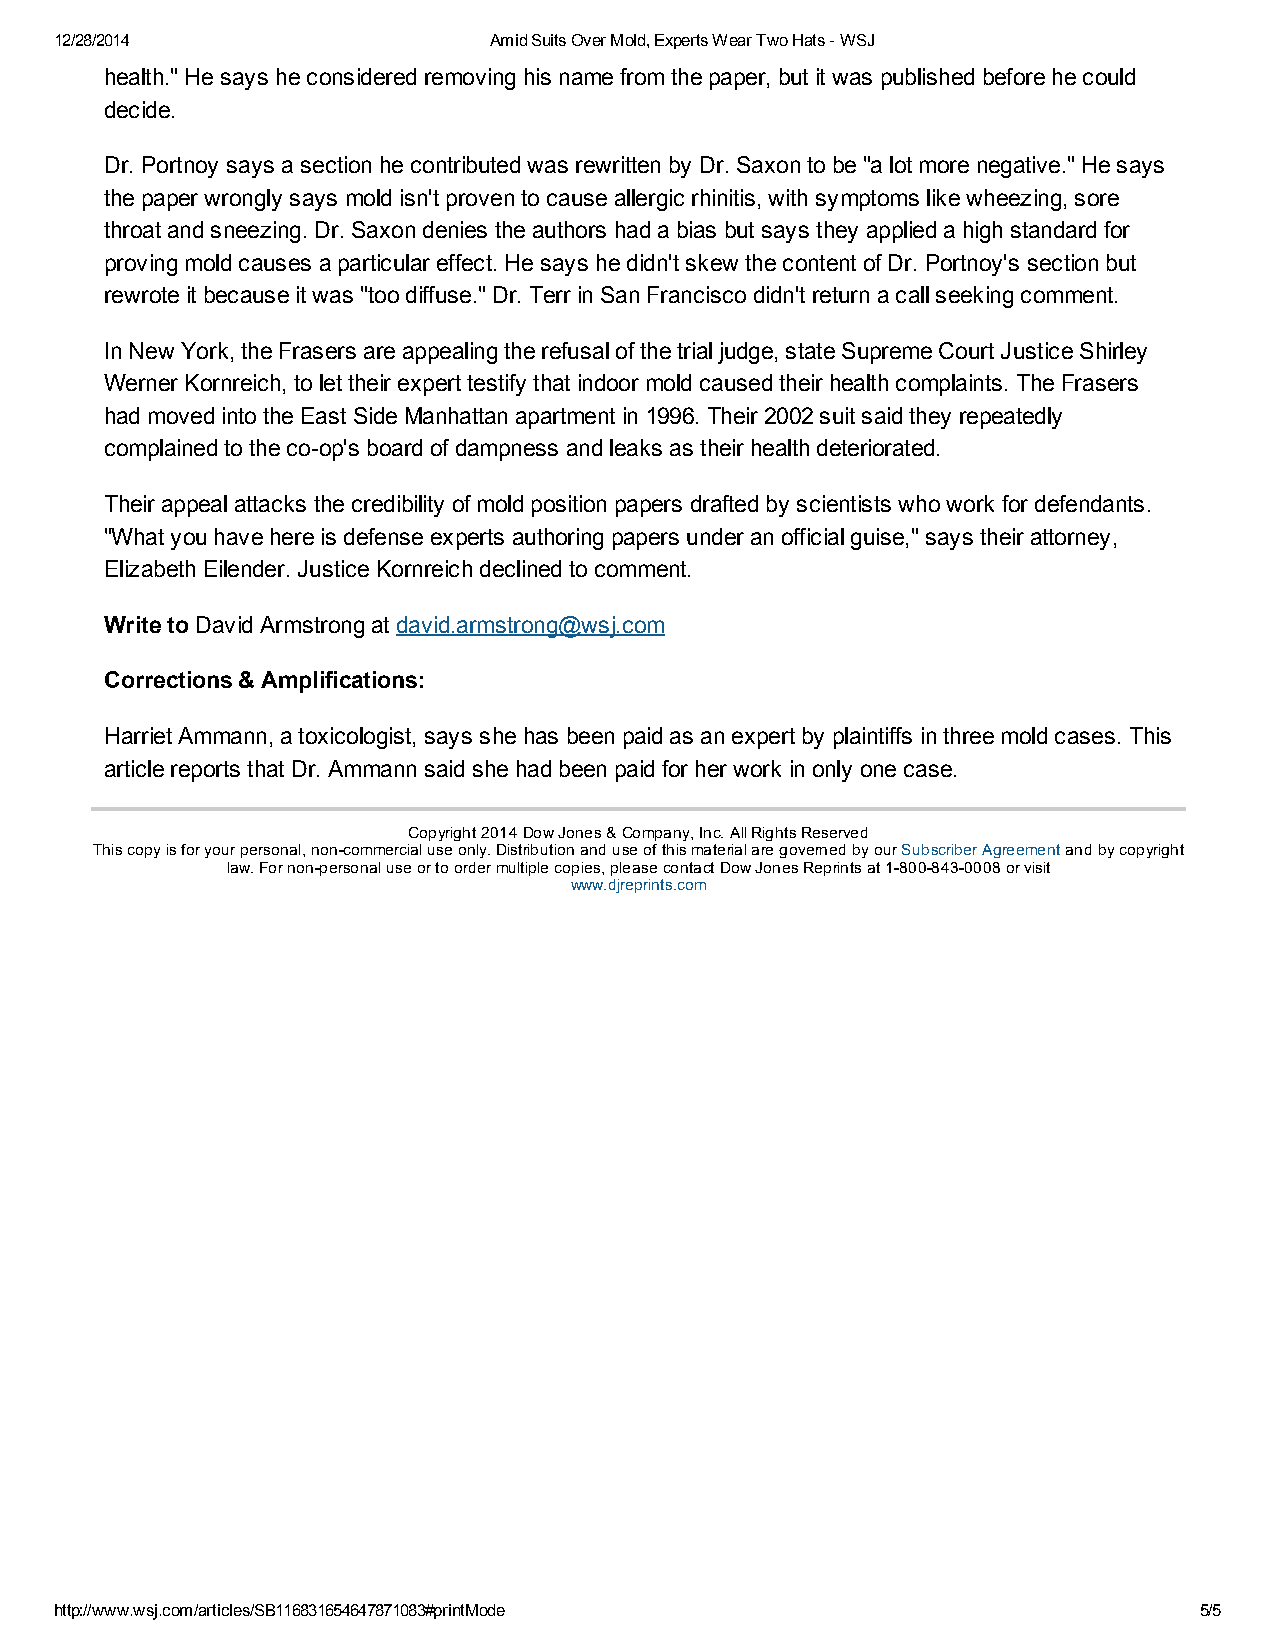
12/28/2014                  Amid Suits Over Mold, Experts Wear Two Hats ­ WSJ
 health." He says he considered removing his name from the paper, but it was published before he could
 decide.
 Dr. Portnoy says a section he contributed was rewritten by Dr. Saxon to be "a lot more negative." He says
 the paper wrongly says mold isn't proven to cause allergic rhinitis, with symptoms like wheezing, sore
 throat and sneezing. Dr. Saxon denies the authors had a bias but says they applied a high standard for
 proving mold causes a particular effect. He says he didn't skew the content of Dr. Portnoy's section but
 rewrote it because it was "too diffuse." Dr. Terr in San Francisco didn't return a call seeking comment.
 In New York, the Frasers are appealing the refusal of the trial judge, state Supreme Court Justice Shirley
 Werner Kornreich, to let their expert testify that indoor mold caused their health complaints. The Frasers
 had moved into the East Side Manhattan apartment in 1996. Their 2002 suit said they repeatedly
 complained to the co­op's board of dampness and leaks as their health deteriorated.
 Their appeal attacks the credibility of mold position papers drafted by scientists who work for defendants.
 "What you have here is defense experts authoring papers under an official guise," says their attorney,
 Elizabeth Eilender. Justice Kornreich declined to comment.
 Write to David Armstrong at david.armstrong@wsj.com
 Corrections & Amplifications:
 Harriet Ammann, a toxicologist, says she has been paid as an expert by plaintiffs in three mold cases. This
 article reports that Dr. Ammann said she had been paid for her work in only one case.
 Copyright 2014 Dow Jones & Company, Inc. All Rights Reserved
 This copy is for your personal, non­commercial use only. Distribution and use of this material are governed by our Subscriber Agreement and by copyright
 law. For non­personal use or to order multiple copies, please contact Dow Jones Reprints at 1­800­843­0008 or visit
 www.djreprints.com
 http://www.wsj.com/articles/SB116831654647871083#printMode                 5/5